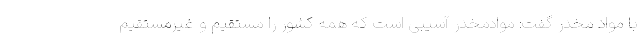
با مواد مخدر گفت: موادمخدر آسیبی است که همه کشور را مستقیم و غیرمستقیم